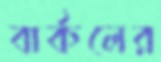
বার্কলের